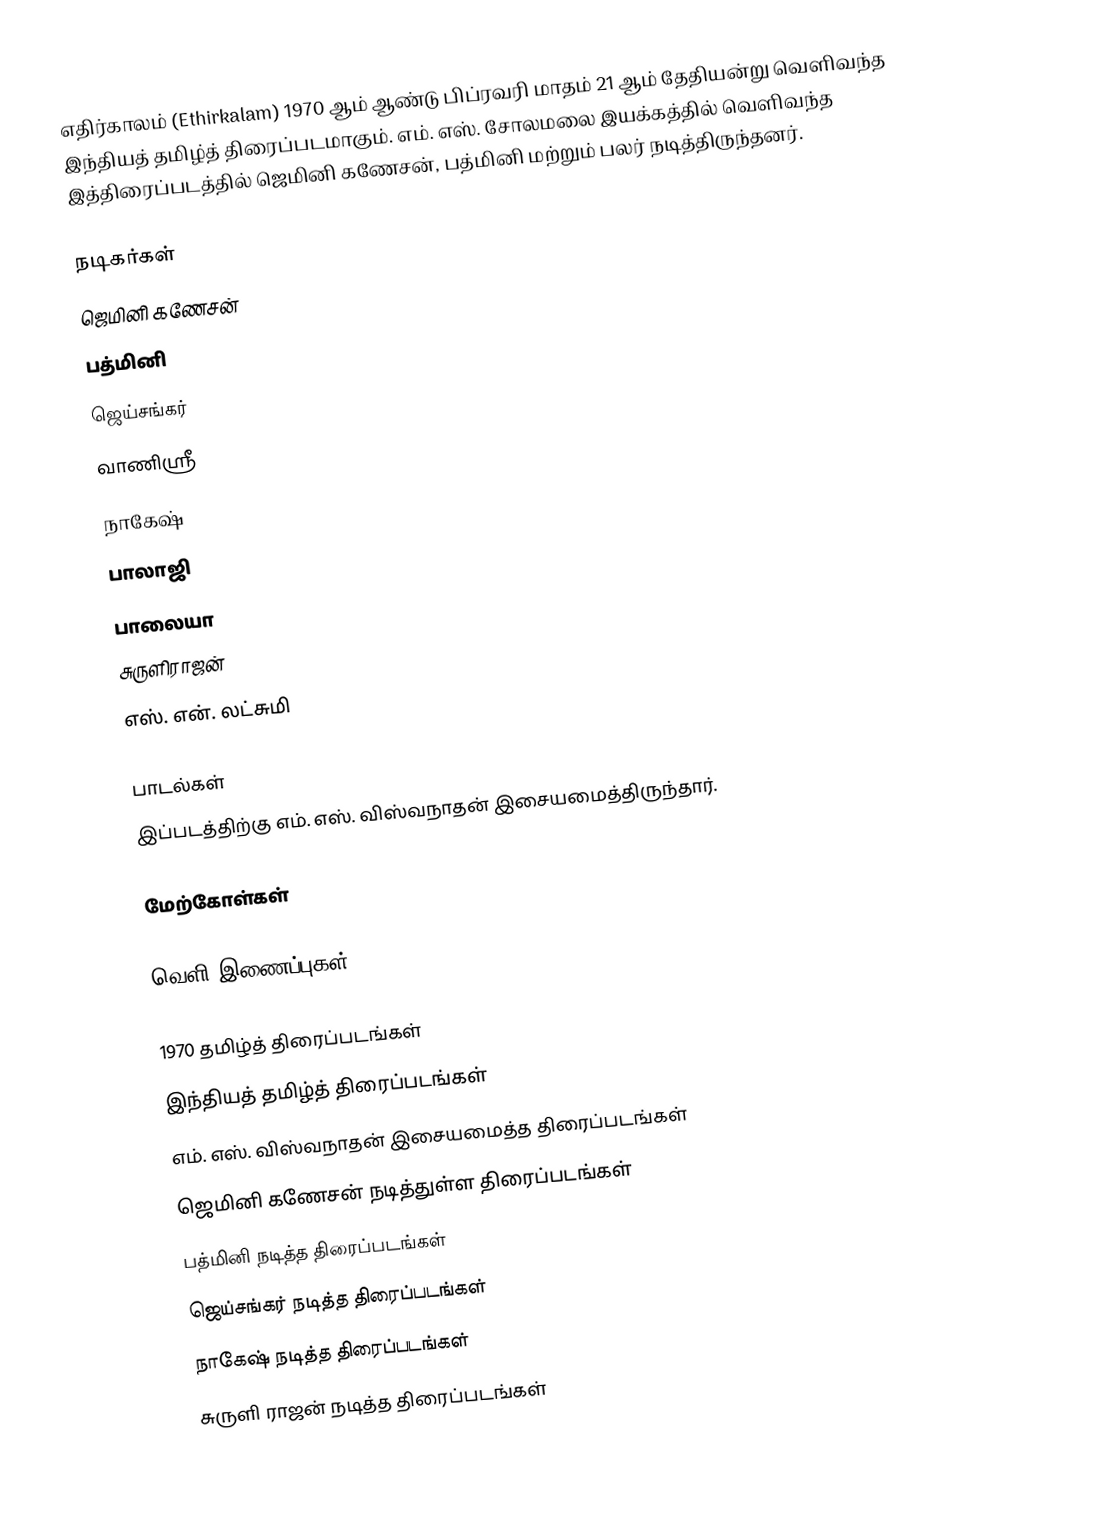
எதிர்காலம் (Ethirkalam) 1970 ஆம் ஆண்டு பிப்ரவரி மாதம் 21 ஆம் தேதியன்று  வெளிவந்த இந்தியத் தமிழ்த் திரைப்படமாகும். எம். எஸ். சோலமலை இயக்கத்தில் வெளிவந்த இத்திரைப்படத்தில் ஜெமினி கணேசன், பத்மினி மற்றும் பலர் நடித்திருந்தனர்.

நடிகர்கள்
ஜெமினி கணேசன்
பத்மினி
ஜெய்சங்கர்
வாணிஸ்ரீ
நாகேஷ்
பாலாஜி
பாலையா
சுருளிராஜன்
எஸ். என். லட்சுமி

பாடல்கள்
இப்படத்திற்கு எம். எஸ். விஸ்வநாதன் இசையமைத்திருந்தார்.

மேற்கோள்கள்

வெளி இணைப்புகள்

1970 தமிழ்த் திரைப்படங்கள்
இந்தியத் தமிழ்த் திரைப்படங்கள்
எம். எஸ். விஸ்வநாதன் இசையமைத்த திரைப்படங்கள்
ஜெமினி கணேசன் நடித்துள்ள திரைப்படங்கள்
பத்மினி நடித்த திரைப்படங்கள்
ஜெய்சங்கர் நடித்த திரைப்படங்கள்
நாகேஷ் நடித்த திரைப்படங்கள்
சுருளி ராஜன் நடித்த திரைப்படங்கள்